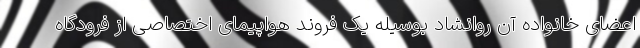
اعضای خانواده آن روانشاد بوسیله یک فروند هواپیمای اختصاصی از فرودگاه